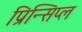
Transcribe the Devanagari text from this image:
प्रिन्सिप्ल